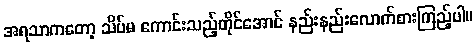
အရသာကတော့ သိပ်မ ကောင်းသည့်တိုင်အောင် နည်းနည်းလောက်စားကြည့်ပါ။